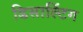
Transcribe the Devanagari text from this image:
डिसाल्टिंग